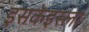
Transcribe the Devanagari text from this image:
इसकेइस्ला